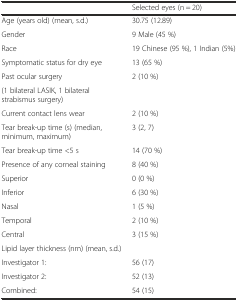
<table><thead><tr><td></td><td><b>Selected eyes (n = 20)</b></td></tr></thead><tbody><tr><td>Age (years old) (mean, s.d.)</td><td>30.75 (12.89)</td></tr><tr><td>Gender</td><td>9 Male (45 %)</td></tr><tr><td>Race</td><td>19 Chinese (95 %), 1 Indian (5%)</td></tr><tr><td>Symptomatic status for dry eye</td><td>13 (65 %)</td></tr><tr><td>Past ocular surgery</td><td>2 (10 %)</td></tr><tr><td>(1 bilateral LASIK, 1 bilateral strabismus surgery)</td><td></td></tr><tr><td>Current contact lens wear</td><td>2 (10 %)</td></tr><tr><td>Tear break-up time (s) (median, minimum, maximum)</td><td>3 (2, 7)</td></tr><tr><td>Tear break-up time &lt;5 s</td><td>14 (70 %)</td></tr><tr><td>Presence of any corneal staining</td><td>8 (40 %)</td></tr><tr><td>Superior</td><td>0 (0 %)</td></tr><tr><td>Inferior</td><td>6 (30 %)</td></tr><tr><td>Nasal</td><td>1 (5 %)</td></tr><tr><td>Temporal</td><td>2 (10 %)</td></tr><tr><td>Central</td><td>3 (15 %)</td></tr><tr><td>Lipid layer thickness (nm) (mean, s.d.)</td><td></td></tr><tr><td>Investigator 1:</td><td>56 (17)</td></tr><tr><td>Investigator 2:</td><td>52 (13)</td></tr><tr><td>Combined:</td><td>54 (15)</td></tr></tbody></table>